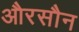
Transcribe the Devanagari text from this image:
औरसौन